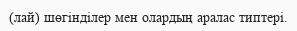
(лай) шөгінділер мен олардың аралас типтері.